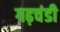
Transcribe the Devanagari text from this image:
गढ़चंडी